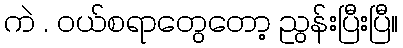
ကဲ . ဝယ်စရာတွေတော့ ညွန်းပြီးပြီ။